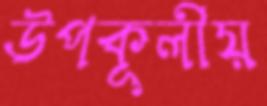
উপকূলীয়